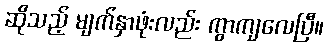
ဆိုသည့် မျက်နှာဖုံးလည်း ကွာကျလေပြီ။